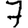
Digit: 7